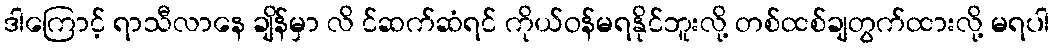
ဒါကြောင့် ရာသီလာနေ ချိန်မှာ လိ င်ဆက်ဆံရင် ကိုယ်ဝန်မရနိုင်ဘူးလို့ တစ်ထစ်ချတွက်ထားလို့ မရပါ